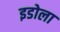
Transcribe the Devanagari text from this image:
इडोला